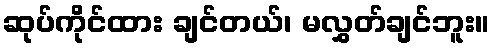
ဆုပ်ကိုင်ထား ချင်တယ်၊ မလွှတ်ချင်ဘူး။